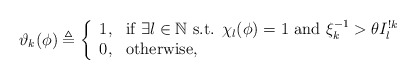
\begin{align*}\vartheta_k(\phi)\triangleq\left\{\begin{array}{ll}1, & \textnormal{if $\exists l\in\mathbb{N}$ s.t. $\chi_l(\phi)=1$ and $\xi_k^{-1}>\theta I_l^{!k}$}\\0, & \textnormal{otherwise,}\end{array}\right.\end{align*}